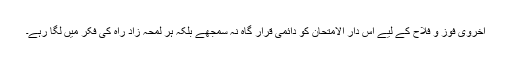
اُخروی فوز و فلاح کے لیے اس دار الامتحان کو دائمی قرار گاہ نہ سمجھے بلکہ ہر لمحہ زادِ راہ کی فکر میں لگا رہے۔